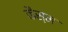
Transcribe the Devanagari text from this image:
कैस्म